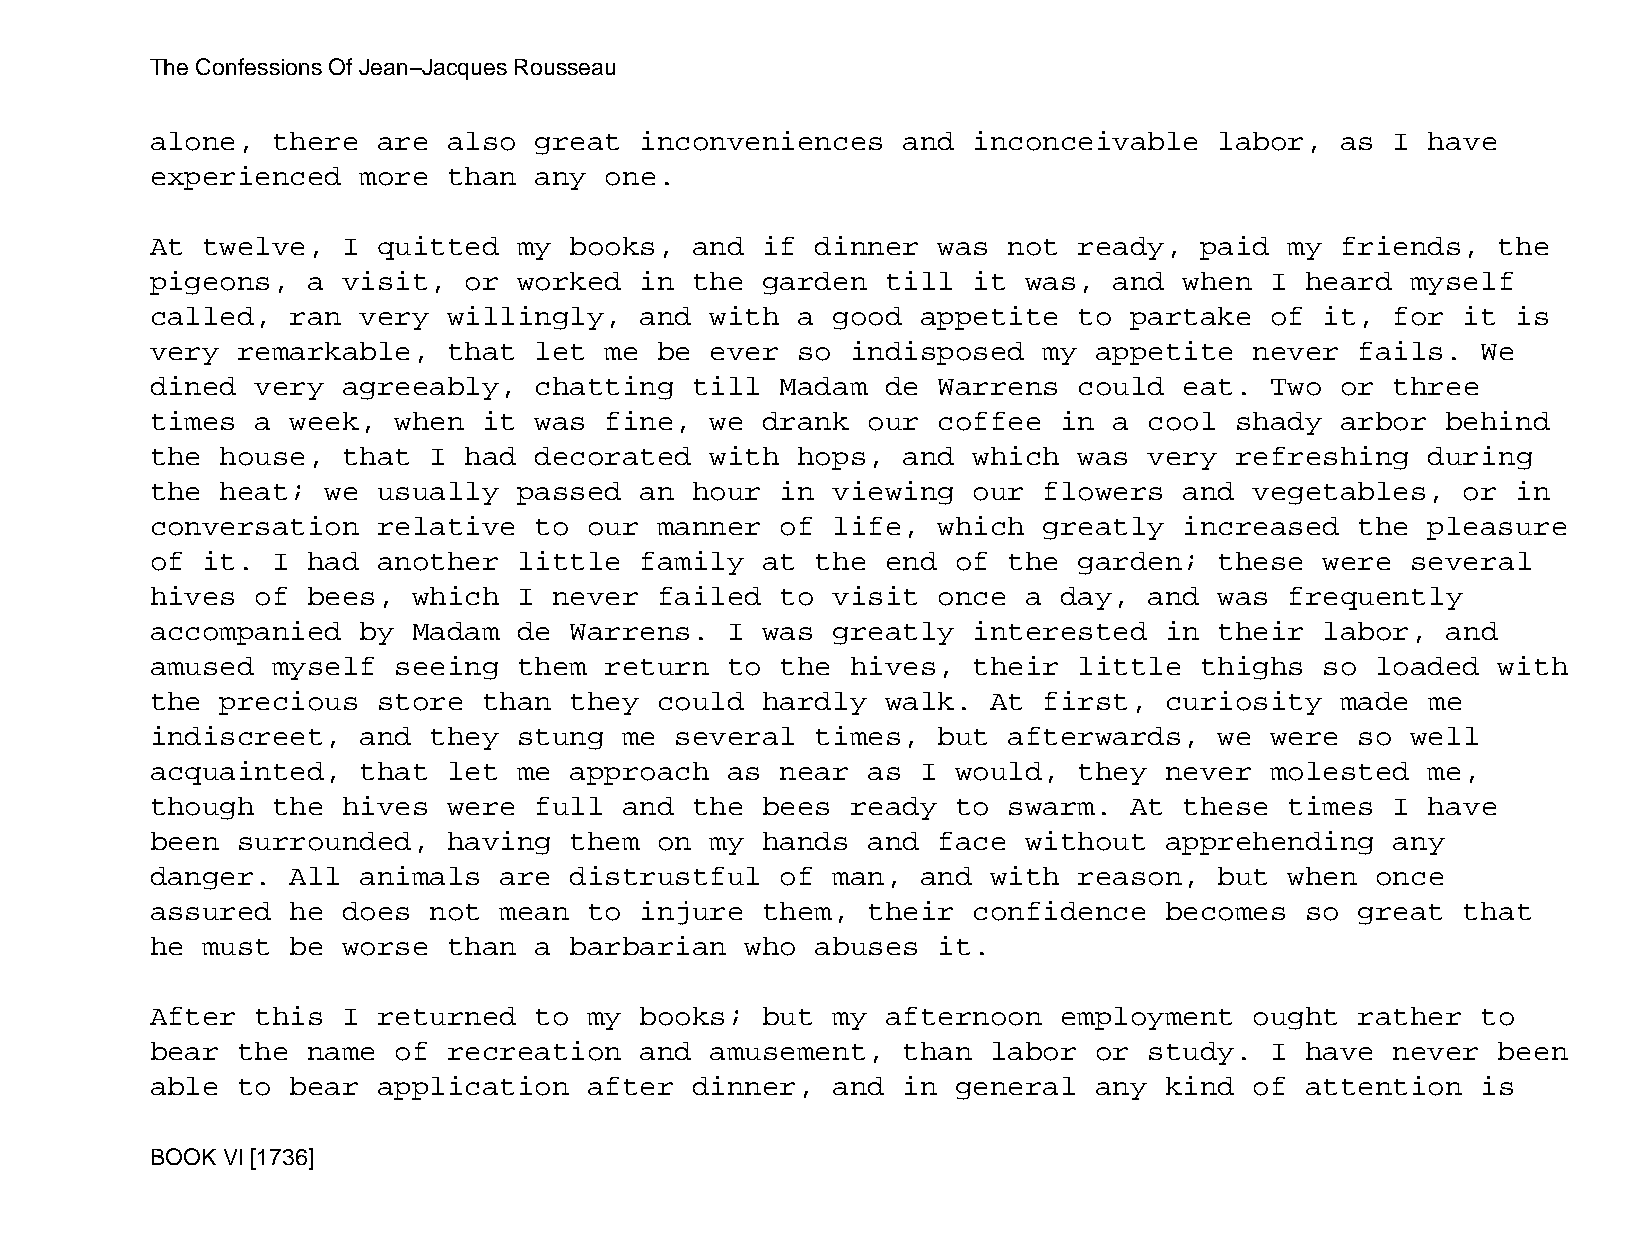
The Confessions Of Jean−Jacques Rousseau
 alone,  there  are  also great  inconveniences    and inconceivable    labor,  as I  have
 experienced   more  than any  one.
 At twelve,   I quitted  my  books,  and if  dinner  was  not ready,  paid  my  friends,  the
 pigeons,  a  visit,  or worked  in  the garden   till it  was,  and when  I heard  myself
 called,  ran  very  willingly,  and  with  a good  appetite  to  partake  of  it, for  it is
 very  remarkable,   that let  me  be ever  so indisposed   my appetite   never  fails.  We
 dined  very  agreeably,  chatting   till  Madam  de Warrens  could  eat.  Two  or three
 times  a week,  when  it was  fine,  we drank  our  coffee  in  a cool  shady  arbor  behind
 the  house,  that I  had decorated   with  hops,  and which  was  very  refreshing   during
 the  heat;  we usually  passed  an  hour  in viewing  our  flowers  and  vegetables,   or in
 conversation   relative  to  our  manner  of life,  which  greatly  increased   the  pleasure
 of it.  I had  another  little  family  at  the  end of  the garden;   these  were several
 hives  of bees,  which  I  never  failed  to visit  once  a day,  and  was frequently
 accompanied   by Madam  de  Warrens.  I was  greatly  interested   in  their  labor,  and
 amused  myself  seeing  them  return  to  the hives,  their  little  thighs   so loaded  with
 the  precious  store  than  they  could hardly   walk.  At first,  curiosity   made  me
 indiscreet,   and they  stung  me  several  times,  but  afterwards,   we were  so well
 acquainted,   that  let me  approach  as  near as  I would,  they  never  molested   me,
 though  the  hives  were full  and  the bees  ready  to  swarm.  At these  times  I  have
 been  surrounded,   having  them  on my hands  and  face  without  apprehending   any
 danger.  All  animals  are  distrustful   of man,  and  with reason,   but when  once
 assured  he  does not  mean  to injure  them,  their  confidence   becomes  so  great  that
 he must  be  worse  than a  barbarian  who  abuses  it.
 After  this  I returned  to  my books;  but  my  afternoon  employment   ought  rather  to
 bear  the name  of  recreation  and  amusement,   than  labor or  study.  I have  never  been
 able  to bear  application   after  dinner,  and  in general  any  kind  of attention   is
 BOOK VI [1736]